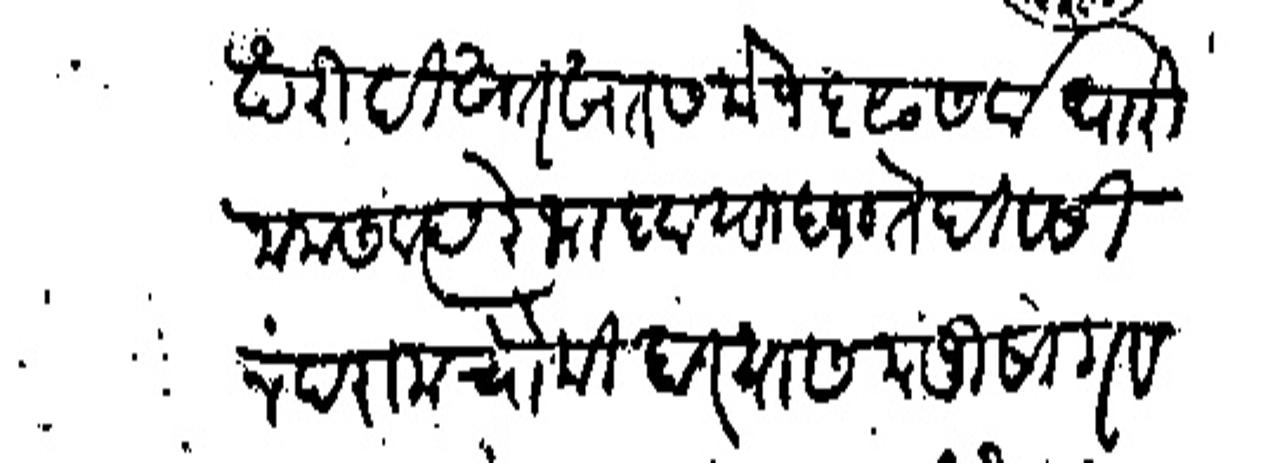
Transliteration (Devanagari): खरेदी खत खत सके १६९० सर्वधारी नाम संवत्सरे भादव सुद १० ते दिवसी नंदराम चौकीदार यास मजुसिग व